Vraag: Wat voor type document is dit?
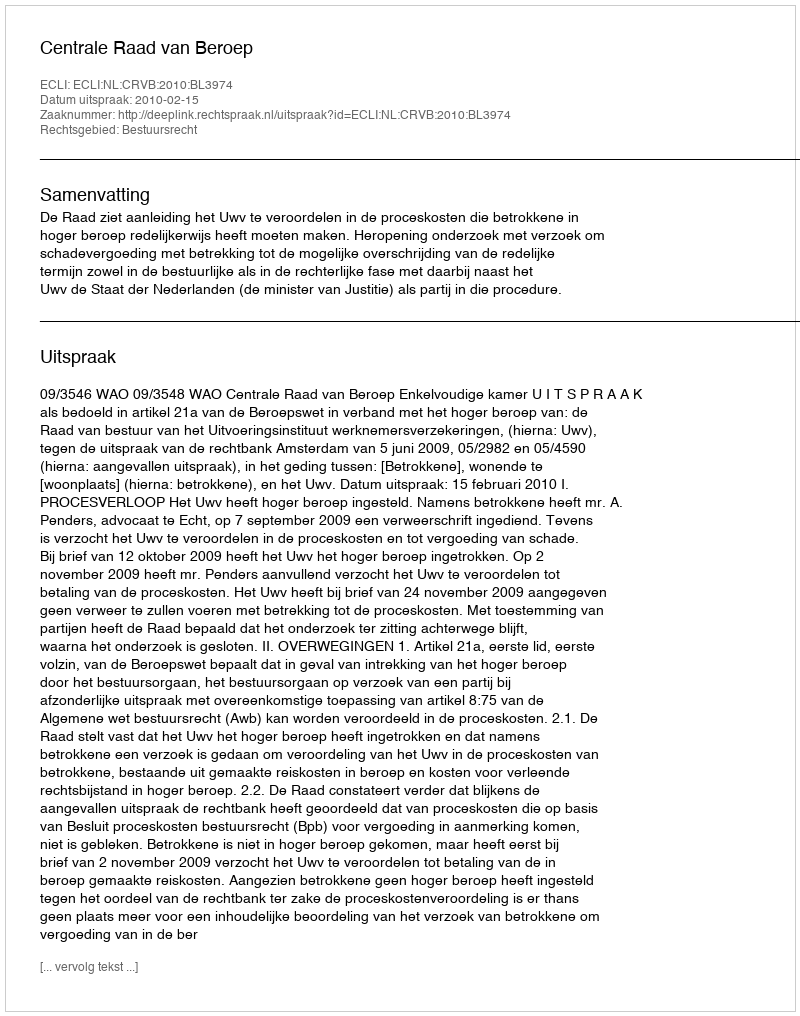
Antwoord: Uitspraak